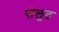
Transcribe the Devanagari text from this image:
सेलूट